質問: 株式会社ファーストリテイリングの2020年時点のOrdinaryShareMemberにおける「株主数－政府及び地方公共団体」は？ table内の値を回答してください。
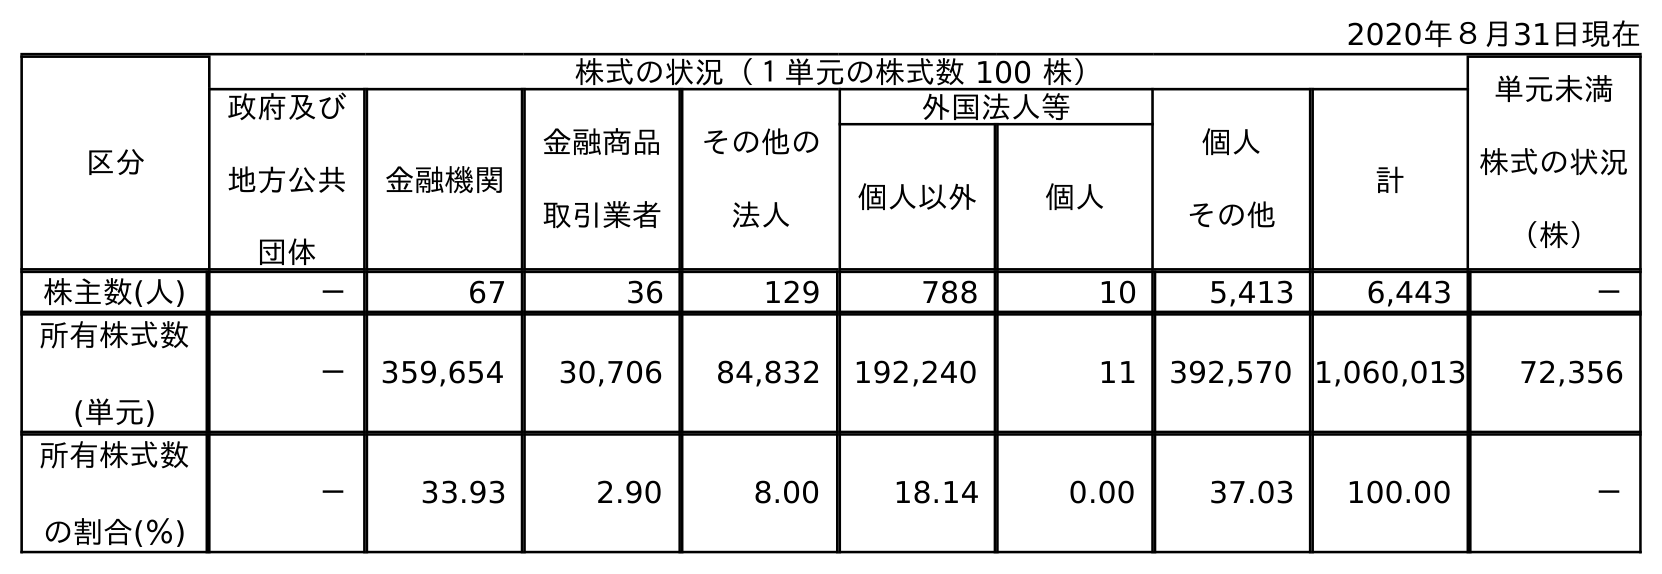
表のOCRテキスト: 2020年８月31日現在 区分 株式の状況（１単元の株式数 100 株） 単元未満 株式の状況 （株） 政府及び 地方公共 団体 金融機関 金融商品 取引業者 その他の 法人 外国法人等 個人 その他 計 個人以外 個人 株主数(人) － 67 36 129 788 10 5,413 6,443 － 所有株式数 (単元) － 359,654 30,706 84,832 192,240 11 392,570 1,060,013 72,356 所有株式数 の割合(％) － 33.93 2.90 8.00 18.14 0.00 37.03 100.00 －
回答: －